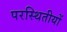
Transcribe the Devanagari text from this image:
परस्थितीयों